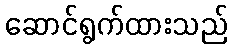
ဆောင်ရွက်ထားသည်